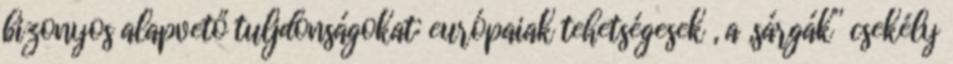
bizonyos alapvető tuljdonságokat: európaiak tehetségesek , a „sárgák” csekély